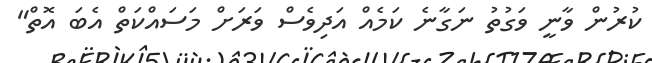
ކުރުން ވާނީ ވަގުތު ނަގާނެ ކަމެއް އަދިވެސް ވަރަށް މަސައްކަތް އެބަ އޮތް"